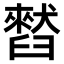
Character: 𫇒